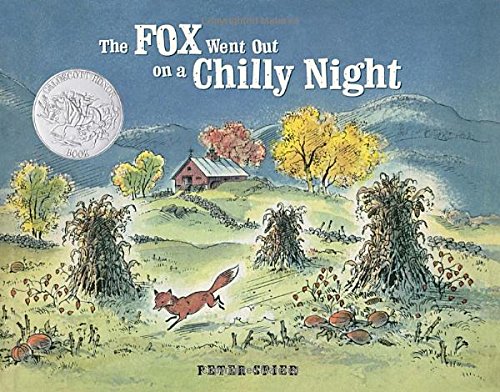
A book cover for The Fox Went Out on a Chilly Night; Peter Spier; Children's Books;